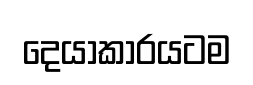
දෙයාකාරයටම